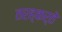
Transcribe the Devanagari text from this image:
तरह्कर्ते